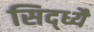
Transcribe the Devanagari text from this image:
सिद्ध्यै